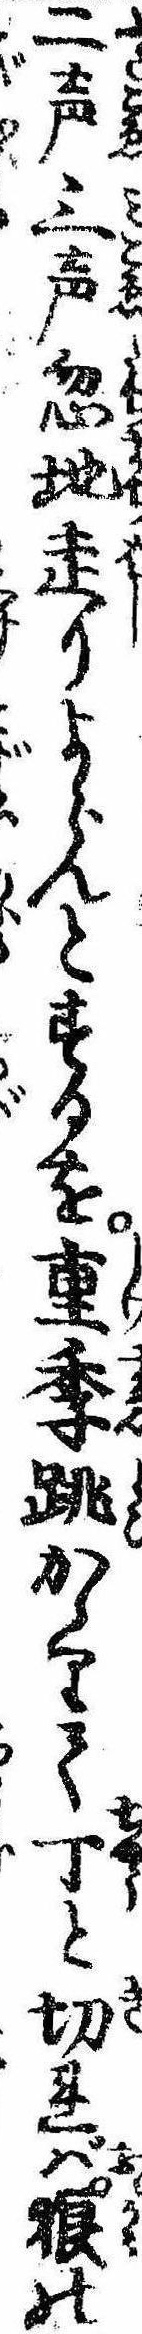
二声三声忽地走りよらんとするを重季跳かゝりて丁と切れば狼の